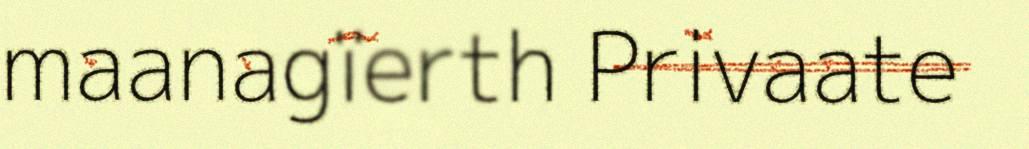
maanagïerth Privaate